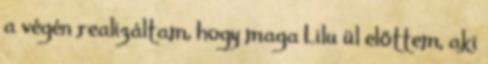
a végén realizáltam, hogy maga Lilu ül előttem, aki